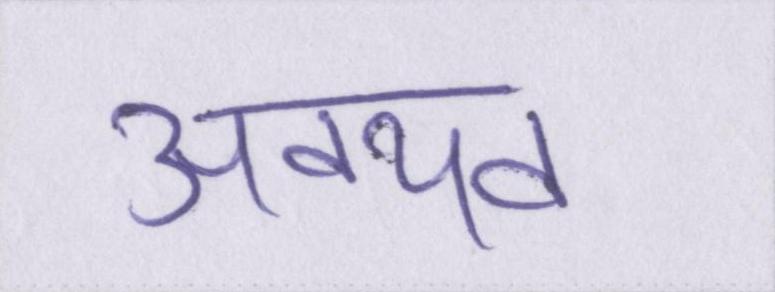
अवयव